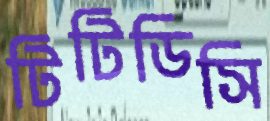
টিটিডিসি